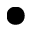
\bullet